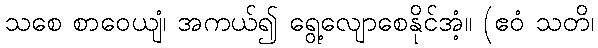
သစေ စာဝေယျံ၊ အကယ်၍ ရွေ့လျောစေနိုင်အံ့။ (ဧဝံ သတိ၊